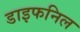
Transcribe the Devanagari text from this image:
डाइफनिल